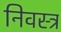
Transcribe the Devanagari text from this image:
निवस्त्र